Indian Medical Review
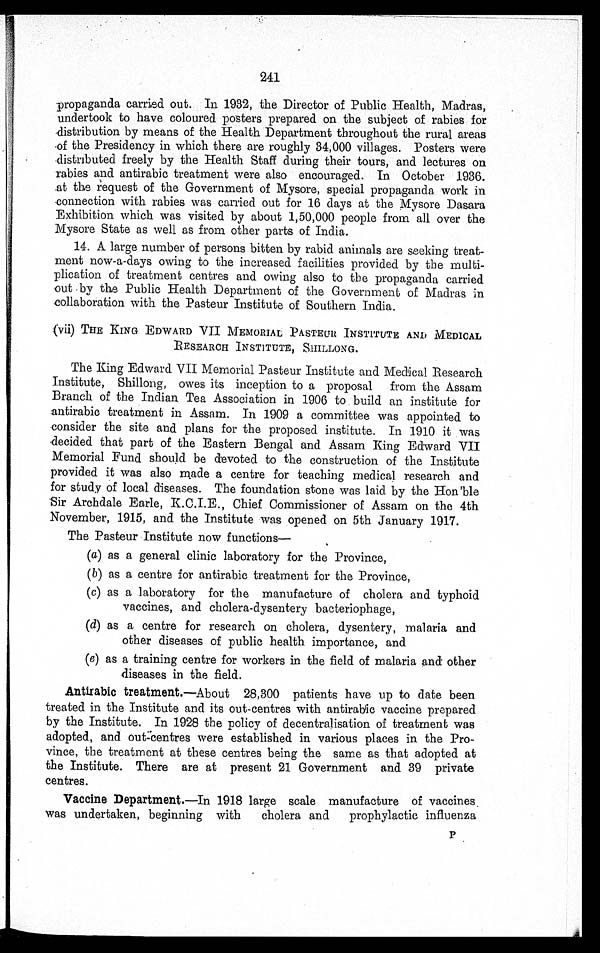
241
propaganda carried out. In 1932, the Director of Public Health, Madras,
undertook to have coloured posters prepared on the subject of rabies for
distribution by means of the Health Department throughout the rural areas
of the Presidency in which there are roughly 34,000 villages. Posters were
distributed freely by the Health Staff during their tours, and lectures on
rabies and antirabic treatment were also encouraged. In October 1936.
at the request of the Government of Mysore, special propaganda work in
connection with rabies was carried out for 16 days at the Mysore Dasara
Exhibition which was visited by about 1,50,000 people from all over the
Mysore State as well as from other parts of India.
14. A large number of persons bitten by rabid animals are seeking treat-
ment now-a-days owing to the increased facilities provided by the multi-
plication of treatment centres and owing also to the propaganda carried
out by the Public Health Department of the Government of Madras in
collaboration with the Pasteur Institute of Southern India.
vii) THE KING EDWARD VII MEMORIAL PASTEUR INSTITUTE AND MEDICAL
RESEARCH INSTITUTE, SHILLONG.
The King Edward VII Memorial Pasteur Institute and Medical Research
Institute, Shillong, owes its inception to a proposal from the Assam
Branch of the Indian Tea Association in 1906 to build an institute for
antirabic treatment in Assam. In 1909 a committee was appointed to
consider the site and plans for the proposed institute. In 1910 it was
decided that part of the Eastern Bengal and Assam King Edward VII
Memorial Fund should be devoted to the construction of the Institute
provided it was also made a centre for teaching medical research and
for study of local diseases. The foundation stone was laid by the Hon'ble
Sir Archdale Earle, K.C.I.E., Chief Commissioner of Assam on the 4th
November, 1915, and the Institute was opened on 5th January 1917.
The Pasteur Institute now functions—
(a) as a general clinic laboratory for the Province,
(b) as a centre for antirabic treatment for the Province,
(c) as a laboratory for the manufacture of cholera and typhoid
vaccines, and cholera-dysentery bacteriophage,
(d) as a centre for research on cholera, dysentery, malaria and
other diseases of public health importance, and
(e) as a training centre for workers in the field of malaria and other
diseases in the field.
Antirabic treatment.—About 28,300 patients have up to date been
treated in the Institute and its out-centres with antirabic vaccine prepared
by the Institute. In 1928 the policy of decentralisation of treatment was
adopted, and out-centres were established in various places in the Pro-
vince, the treatment at these centres being the same as that adopted at
the Institute. There are at present 21 Government and 39 private
centres.
Vaccine Department.—In 1918 large scale manufacture of vaccines.
was undertaken, beginning with
cholera and
prophylactic influenza
P